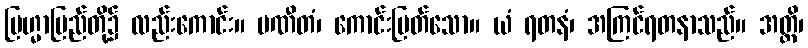
ဗြဟ္မာပြည်တို့၌ လည်းကောင်း။ ပဏီတံ၊ ကောင်းမြတ်သော။ ယံ ရတနံ၊ အကြင်ရတနာသည်။ အတ္ထိ၊